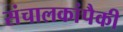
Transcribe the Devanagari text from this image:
संचालकांपैकी